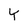
Character: Y